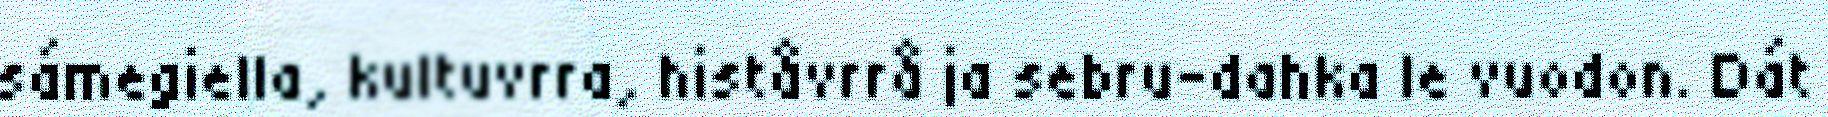
sámegiella, kultuvrra, histåvrrå ja sebru-dahka le vuodon. Dát